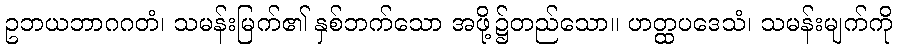
ဥဘယဘာဂဂတံ၊ သမန်းမြက်၏ နှစ်ဘက်သော အဖို့၌တည်သော။ ဟတ္ထပဒေသံ၊ သမန်းမျက်ကို